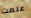
علمت